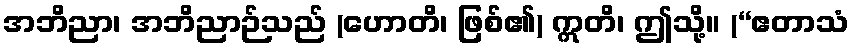
အဘိညာ၊ အဘိညာဉ်သည် (ဟောတိ၊ ဖြစ်၏) ဣတိ၊ ဤသို့။ (“ဧတာသံ